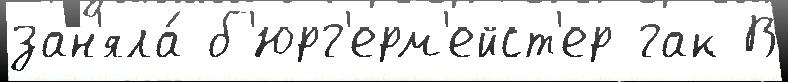
зан'яла́ б'юрг'ерм'ейст'ер гак В